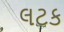
લટક